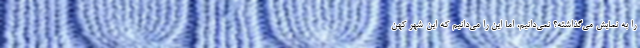
را به نمایش می‌گذاشته؟ نمی‌دانیم، اما این را می‌دانیم که این شهر کهن